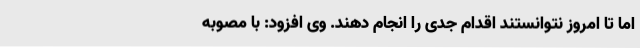
اما تا امروز نتوانستند اقدام جدی را انجام دهند. وی افزود: با مصوبه